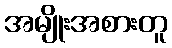
အမျိုးအစားတူ